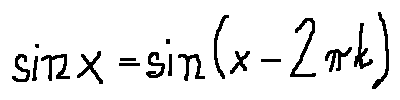
\sin x = \sin ( x - 2 \pi k )